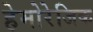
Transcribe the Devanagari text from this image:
हेमोरेजिक